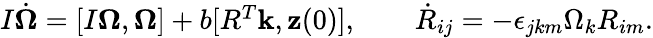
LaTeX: \begin{array}{r}{I\dot{\boldsymbol\Omega}=[I{\boldsymbol\Omega},{\boldsymbol\Omega}]+b[R^{T}{\mathbf k},{\mathbf z}(0)],\qquad\dot{R}_{ij}=-\epsilon_{jkm}\Omega_{k}R_{im}.}\end{array}